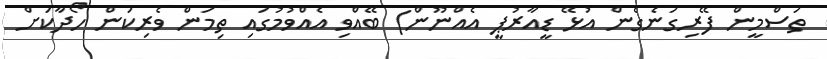
ތަސްމީން ފޭރިގަނެގެން އުޅޭ ޑީއާރުޕީ އެއްނޫން) ބޭއްވި އެއްވުމުގައި ތިމަން ވެރިކަން ހޯދާކަށް